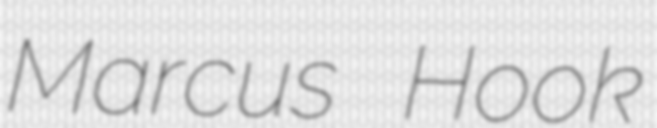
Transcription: Marcus Hook